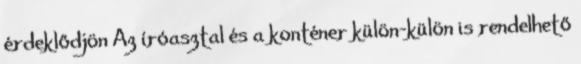
érdeklődjön Az íróasztal és a konténer külön-külön is rendelhető